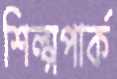
শিল্পপার্ক